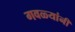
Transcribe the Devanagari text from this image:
गवळ्यांनी